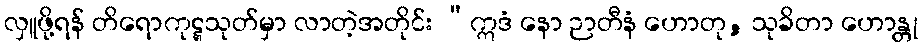
လှူဖို့ရန် တိရောကုဋ္ဋသုတ်မှာ လာတဲ့အတိုင်း “ဣဒံ နော ဉာတီနံ ဟောတု, သုခိတာ ဟောန္တု